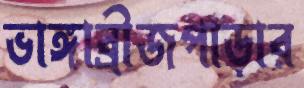
ভাঙ্গাব্রীজপাড়ার